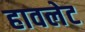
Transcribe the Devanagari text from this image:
हावलेट